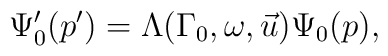
\Psi _{0}^{\prime }(p^{\prime })=\Lambda (\Gamma _{0},\omega ,\vec{u})\Psi_{0}(p),